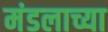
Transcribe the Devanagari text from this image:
मंडलाच्या